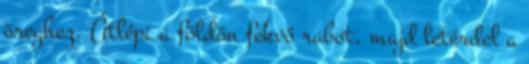
öreghez. Átlépi a földön fekvő rabot, majd letérdel a